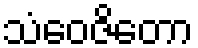
သံဝေဇိတော